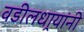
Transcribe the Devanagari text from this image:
वडीलधार्‍यांनी